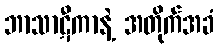
ဘာသာဋီကာနဲ့ အတိုက်အခံ